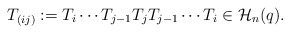
\begin{gather*}T_{(ij)}:= T_i \cdots T_{j-1} T_{j} T_{j-1} \cdots T_{i} \in {\cal{H}}_n(q).\end{gather*}